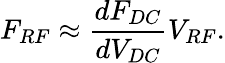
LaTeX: F_{RF}\approx\frac{dF_{DC}}{dV_{DC}}V_{RF}.